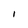
Character: l